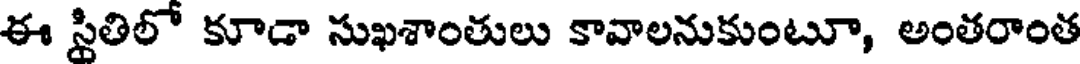
ఈ స్థితిలో కూడా సుఖశాంతులు కావాలనుకుంటూ, అంతరాంత